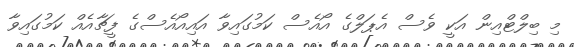
މި ބިލްޓްއިން އަކީ ވެސް އެޕަލްގެ އޯއެސް ކަމުގައިވާ އައިއޯއެސްގެ ފީޗާއެއް ކަމުގައިވާ